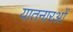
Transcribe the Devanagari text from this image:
यातनारओं